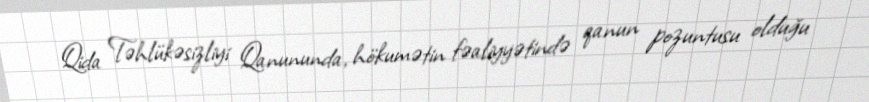
Qida Təhlükəsizliyi Qanununda, hökumətin fəaliyyətində qanun pozuntusu olduğu